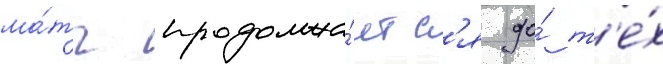
ма́тч продолжа́етс'я до́ т'е́х